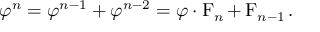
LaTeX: \varphi ^ { n } = \varphi ^ { n - 1 } + \varphi ^ { n - 2 } = \varphi \cdot \operatorname { F } _ { n } + \operatorname { F } _ { n - 1 } .